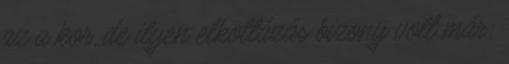
az a kor, de ilyen elkottázás bizony volt már: